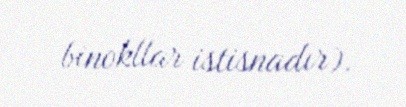
binokllar istisnadır).